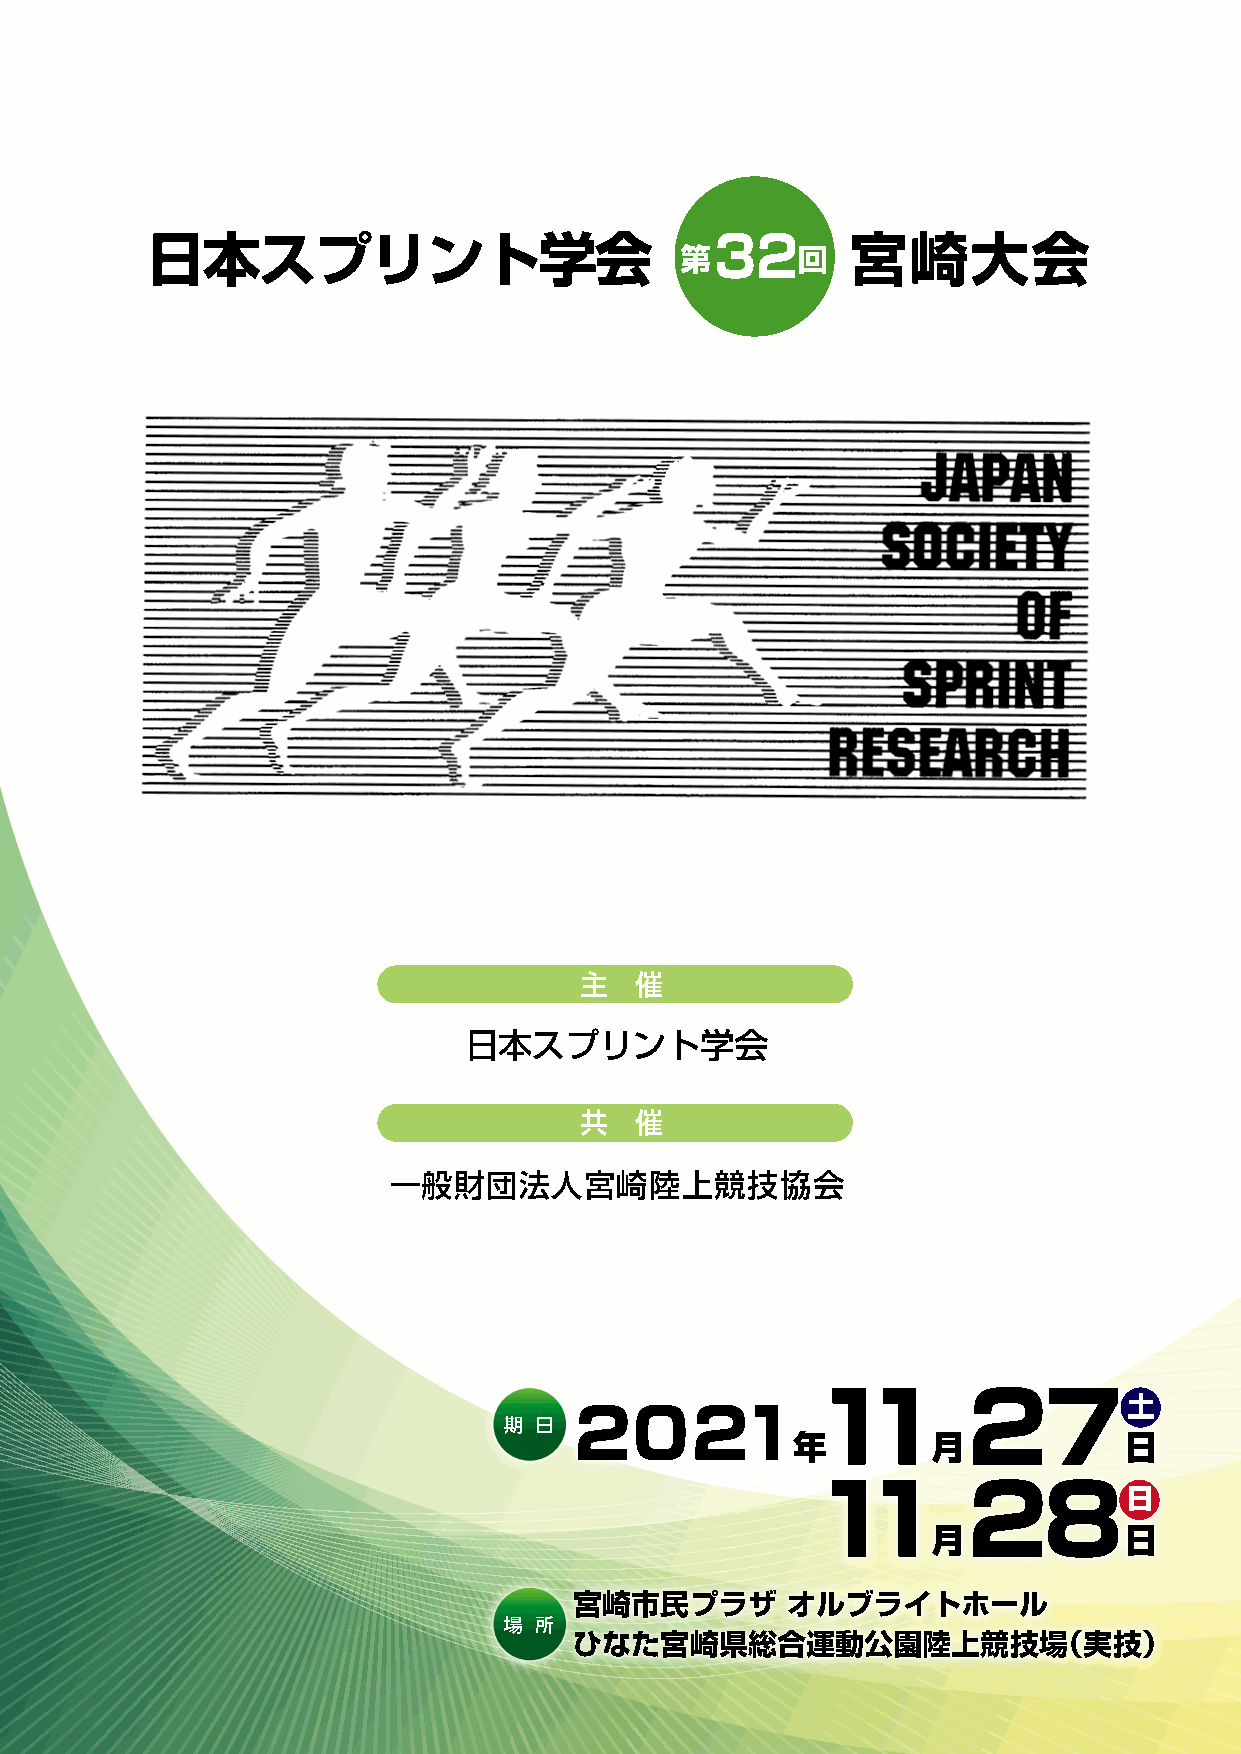
日本スプリント学会                            32       宮崎大会
 第       回
 主   催
 日本スプリント学会
 共   催
 一般財団法人宮崎陸上競技協会
 11        27土
 期 日  2021
 年         月           日
 株式会社ＴＥＡＭ
 熊本県知事登録旅行業 第2-216号                                    11        28日
 月           日
 宮崎市民プラザ       オルブライトホール
 場 所
 ひなた宮崎県総合運動公園陸上競技場（実技）